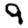
Digit: 9